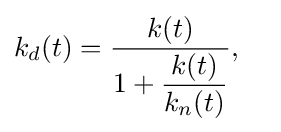
k_{d}(t)={\dfrac {k(t)}{1+{\dfrac {k(t)}{k_{n}(t)}}}},\quad